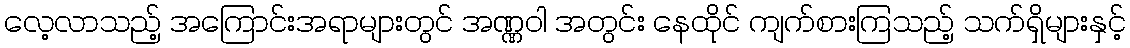
လေ့လာသည့် အကြောင်းအရာများတွင် အဏ္ဏဝါ အတွင်း နေထိုင် ကျက်စားကြသည့် သက်ရှိများနှင့်